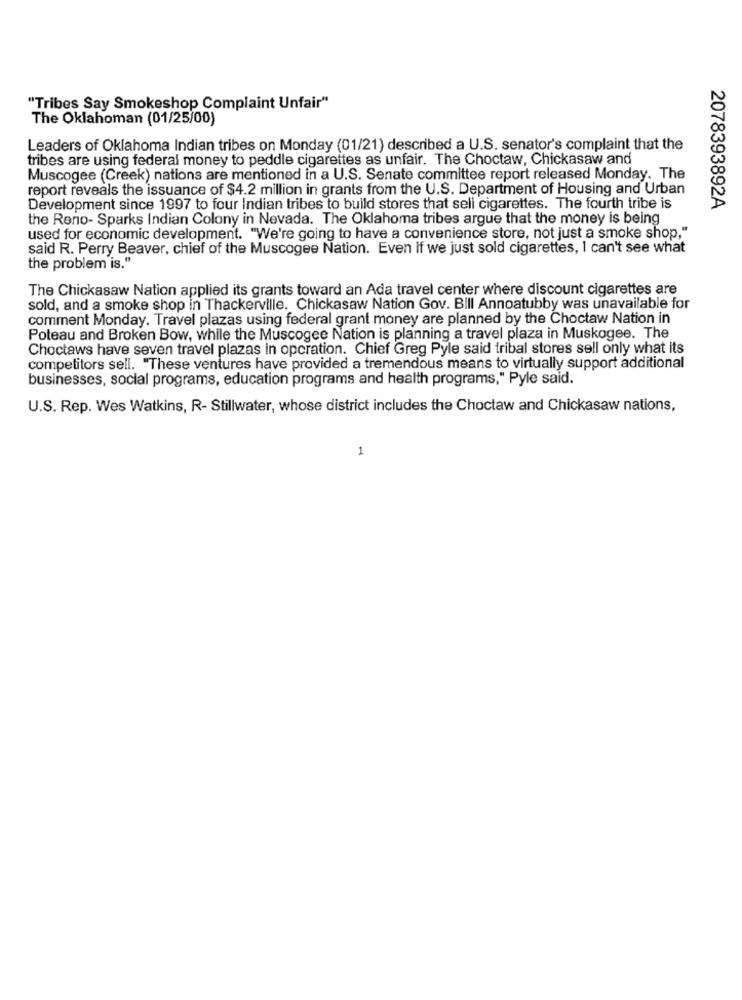
"Tribes Say Smokeshop Complaint Unfair"
The Oklahoman (01/25/00)
Leaders of Oklahoma Indian tribes on Monday (01/21) described a U.S. senator's complaint that the
tribes are using federal money to peddle cigarettes as unfair. The Choctaw, Chickasaw and
Muscogee (Creek) nations are mentioned in a U.S. Senate committee report released Monday. The
report reveals the issuance of $4.2 million in grants from the U.S. Department of Housing and Urban
Development since 1997 to four Indian tribes to build stores that sell cigarettes. The fourth tribe is
2078393892A
the Reno- Sparks Indian Colony in Nevada. The Oklahoma tribes argue that the money is being
used for economic development. "We're going to have a convenience store, not just a smoke shop,"
said R. Perry Beaver, chief of the Muscogee Nation. Even if we just sold cigarettes, I can't see what
the problem is."
The Chickasaw Nation applied its grants toward an Ada travel center where discount cigarettes are
sold, and a smoke shop in Thackerville. Chickasaw Nation Gov. Bill Annoatubby was unavailable for
comment Monday. Travel plazas using federal grant money are planned by the Choctaw Nation in
Poteau and Broken Bow, while the Muscogee Nation is planning a travel plaza in Muskogee. The
Choctaws have seven travel plazas in operation. Chief Greg Pyle said tribal stores sell only what its
competitors sell. "These ventures have provided a tremendous means to virtually support additional
businesses, social programs, education programs and health programs," Pyle said.
U.S. Rep. Wes Watkins, R- Stillwater, whose district includes the Choctaw and Chickasaw nations,
1